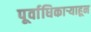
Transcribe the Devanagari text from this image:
पूर्वाधिकार्‍याहून